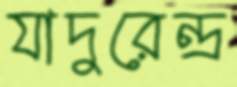
যাদুরেন্দ্র